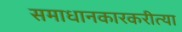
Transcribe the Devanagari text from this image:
समाधानकारकरीत्या